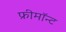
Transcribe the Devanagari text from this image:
फ्रीमॉन्‍ट